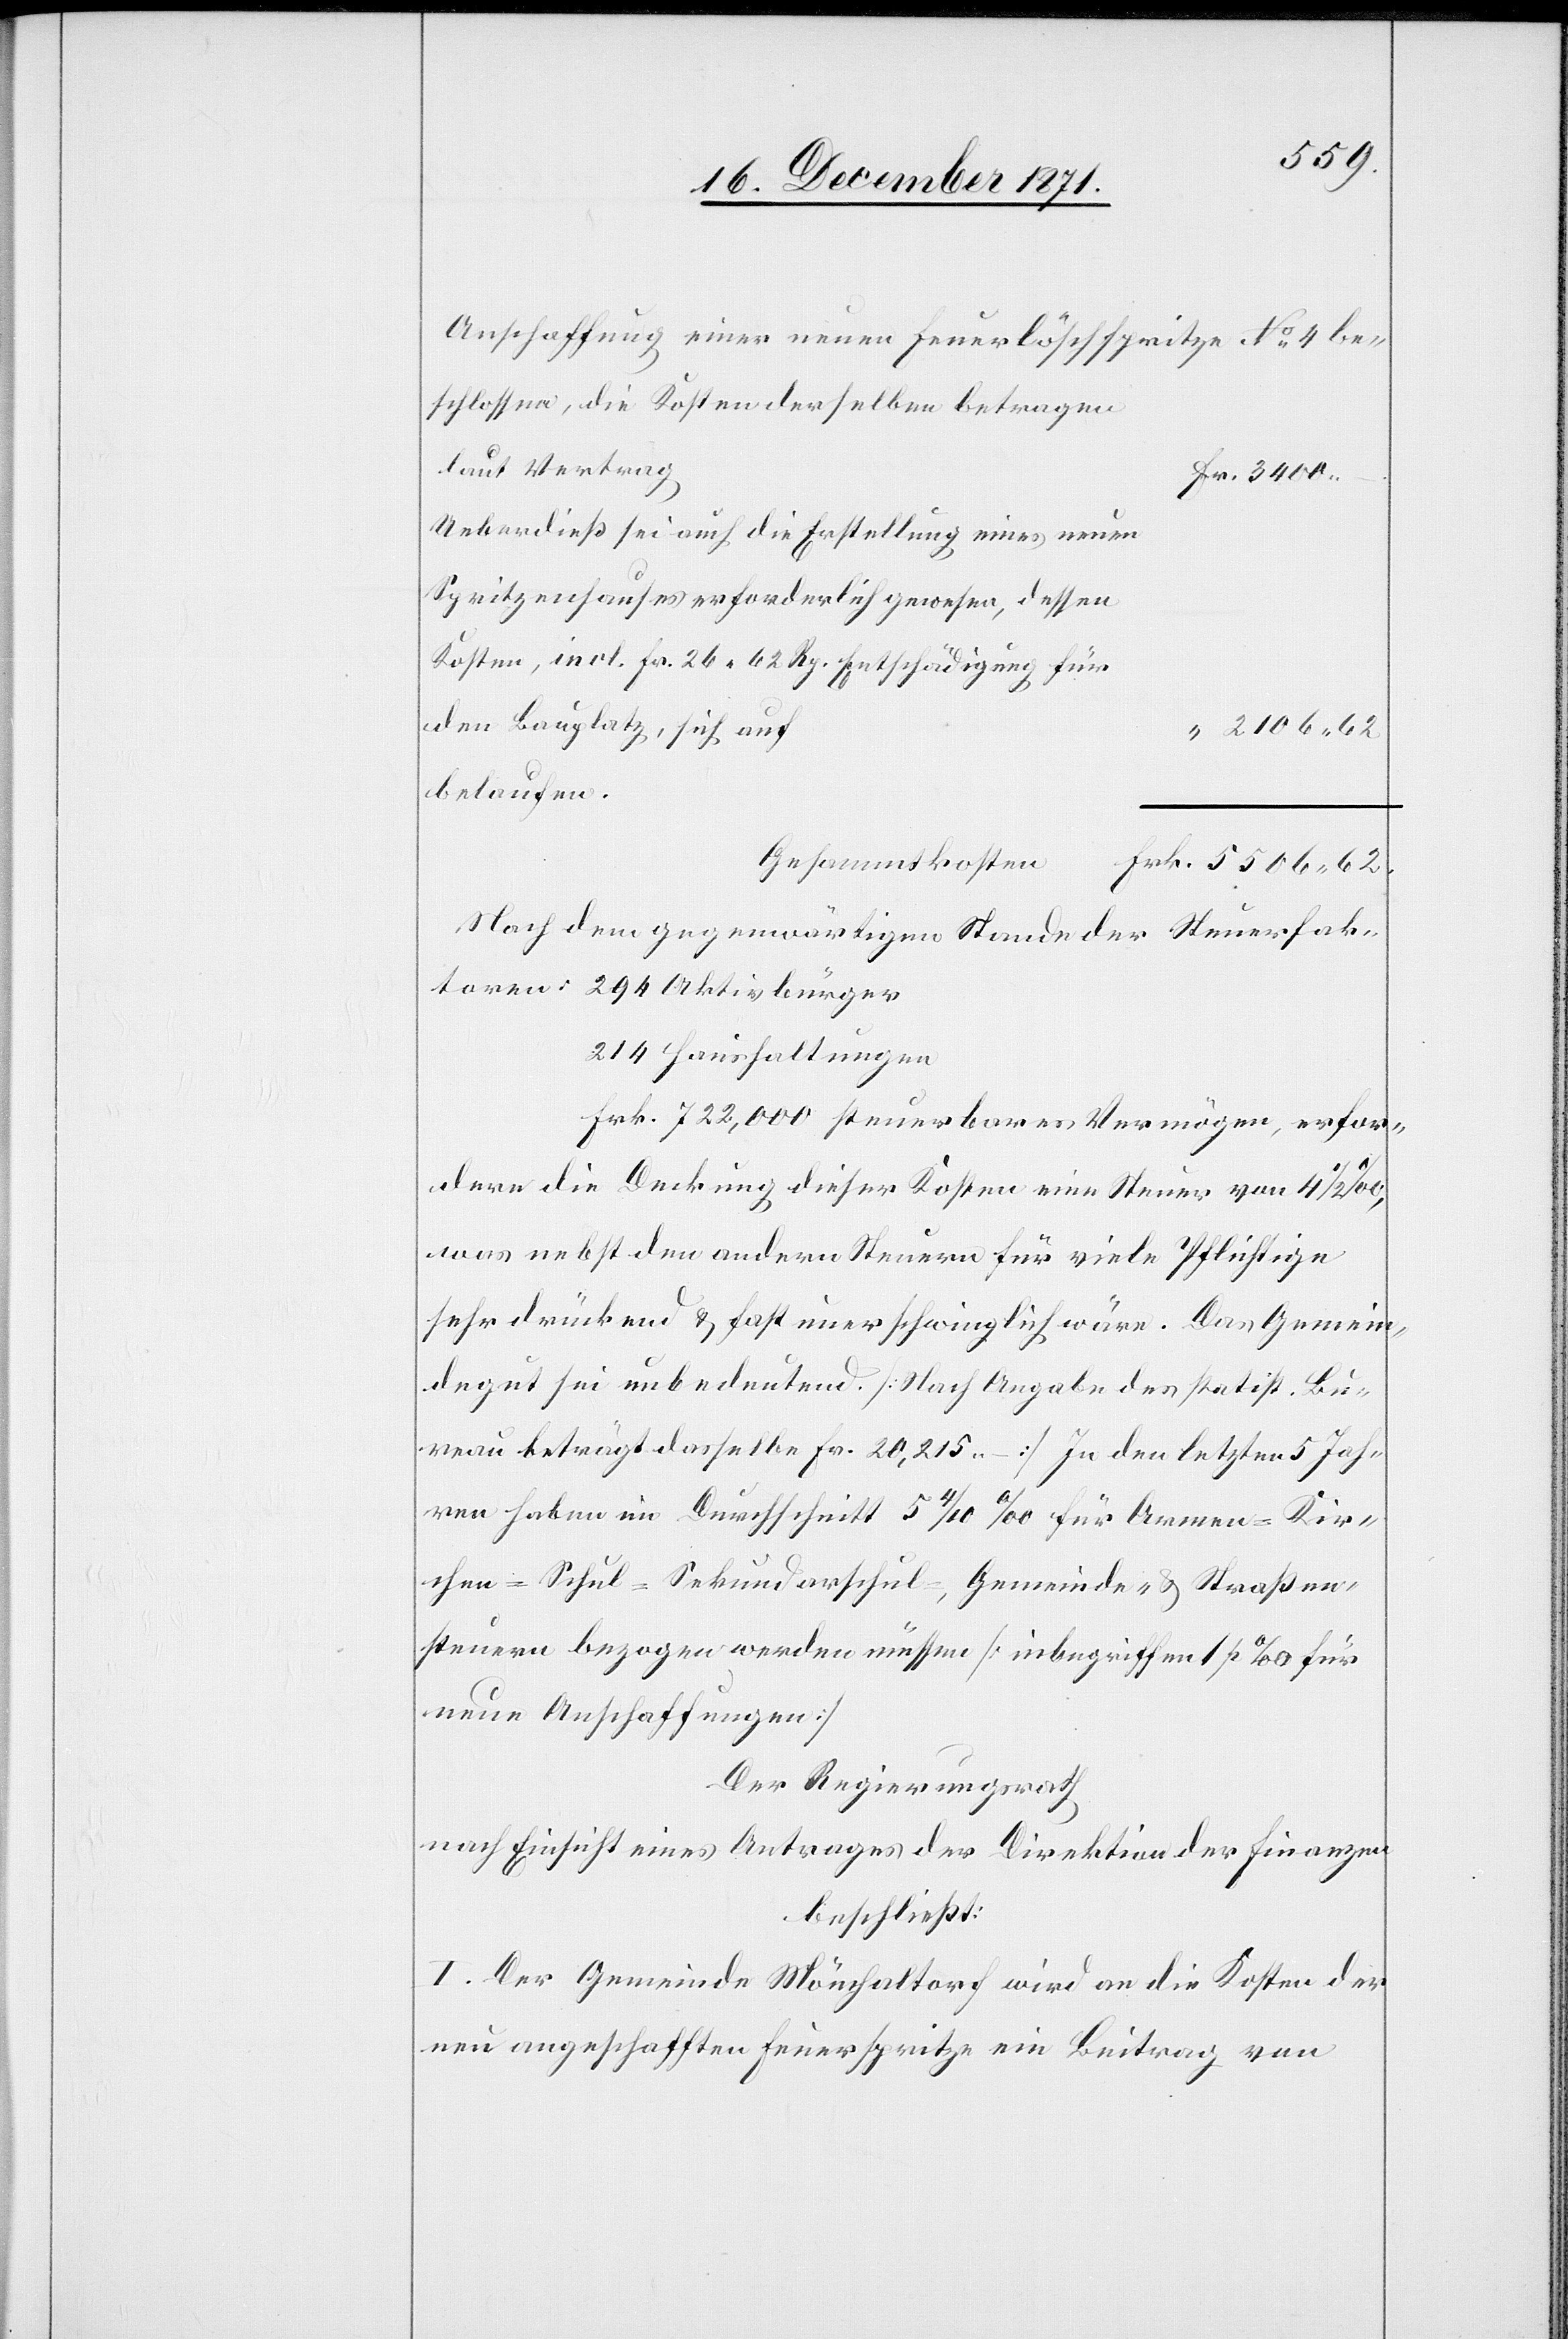
Anschaffung einer neuen Feuerlöschspritze No 4 be¬
schlossen, die Kosten derselben betragen
Laut Vertrag
Fr. 3400.–
Ueberdieß sei auch die Erstellung eines neuen
Spritzenhauses erforderlich gewesen, dessen
Kosten, incl. Fr. 26. 62 Rp. Entschädigung für
den Bauplatz, sich auf
“ 2106.62
belaufen.
Gesammtkosten
Frk. 5506.62
Nach dem gegenwärtigen Stande der Steuerfak¬
toren: 294 Aktivbürger
214 Haushaltungen
Frk. 722,000 steuerbares Vermögen, erfor¬
dere die Deckung dieser Kosten eine Steuer von 4 1/2
was nebst den andern Steuern für viele Pflichtige
sehr drückend & fast unerschwinglich wäre. Das Gemein¬
degut sei unbedeutend. [Nach Angabe des statist. Bu¬
reau beträgt dasselbe Fr. 20,215.–] In den letzten 5 Jah¬
ren haben im Durchschnitt 5 4/10 ‰ für Armen-[,] Kir¬
chen-[,] Schul-[,] Sekundarschul-, Gemeinde- & Straßen¬
steuern bezogen werden müssen [inbegriffen 1 p. ‰ für
neue Anschaffungen]
Der Regierungsrath
nach Einsicht eines Antrages der Direktion der Finanzen
beschließt:
I. Der Gemeinde Mönchaltorf wird an die Kosten der
neu angeschafften Feuerspritze ein Beitrag von